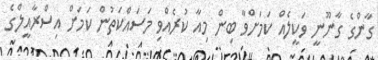
ގާންގެ ގާނޫނީ ވަކީލެއް ކަމަށްވާ ބިން މިއާ ކުރެއްވި މަސައްކަތުން ކަމަށް އިސްރާއީލްގެ